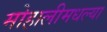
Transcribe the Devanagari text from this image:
मोहालीमधल्या